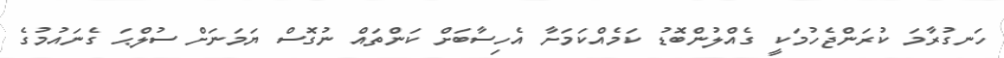
ހަނގުރާމަ ކުރަންޖެހުމަކީ ގެއްލުންބޮޑު ކަމެއްކަމަށާ އެހިސާބަށް ކަންތައް ނުގޮސް ޔަމަނަށް ސުލްޙަ ގެނައުމުގެ